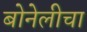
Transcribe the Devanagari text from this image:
बोनेलीचा